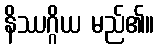
နိဿဂ္ဂိယ မည်၏။